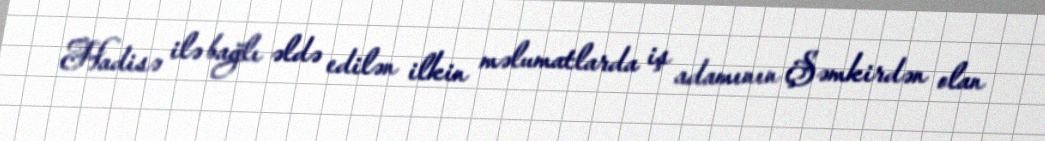
Hadisə ilə bağlı əldə edilən ilkin məlumatlarda iş adamının Şəmkirdən olan